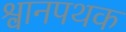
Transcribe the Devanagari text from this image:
श्वानपथक